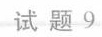
试题9